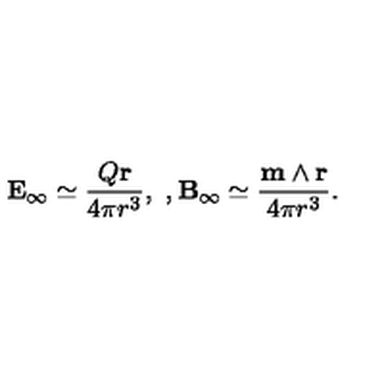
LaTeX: { \bf E } _ { \infty } \simeq \frac { Q { \bf r } } { 4 \pi r ^ { 3 } } , \ , { \bf B } _ { \infty } \simeq \frac { { \bf m } \wedge { \bf r } } { 4 \pi r ^ { 3 } } .